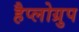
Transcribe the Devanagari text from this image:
हैप्लोग्रुप